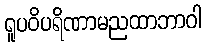
ရူပဝိပရိဏာမညထာဘာဝါ